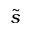
\tilde { s }